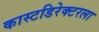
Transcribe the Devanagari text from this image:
कास्टडिरेक्टरला